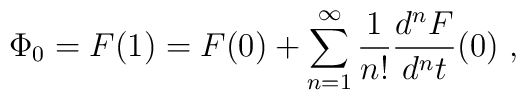
\Phi_0=F(1)=F(0)+\sum_{n=1}^{\infty}\frac{1}{n!}\frac{d^nF}{d^nt}(0) \ ,